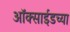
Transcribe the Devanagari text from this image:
ऑक्साईडच्या